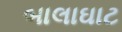
બાલાઘાટ